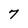
Character: 7